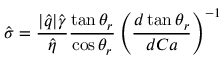
\hat { \sigma } = \frac { | \hat { q } | \hat { \gamma } } { \hat { \eta } } \frac { \tan \theta _ { r } } { \cos \theta _ { r } } \left( \frac { d \tan \theta _ { r } } { d C a } \right) ^ { - 1 }